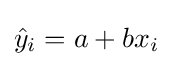
{\hat {y}}_{i}=a+bx_{i}